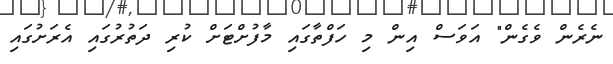
ނެރެން ވެގެން" އަވަސް އިން މި ހަފްތާގައި މާފުށްޓަށް ކުރި ދަތުރުގައި އެރަށުގައި